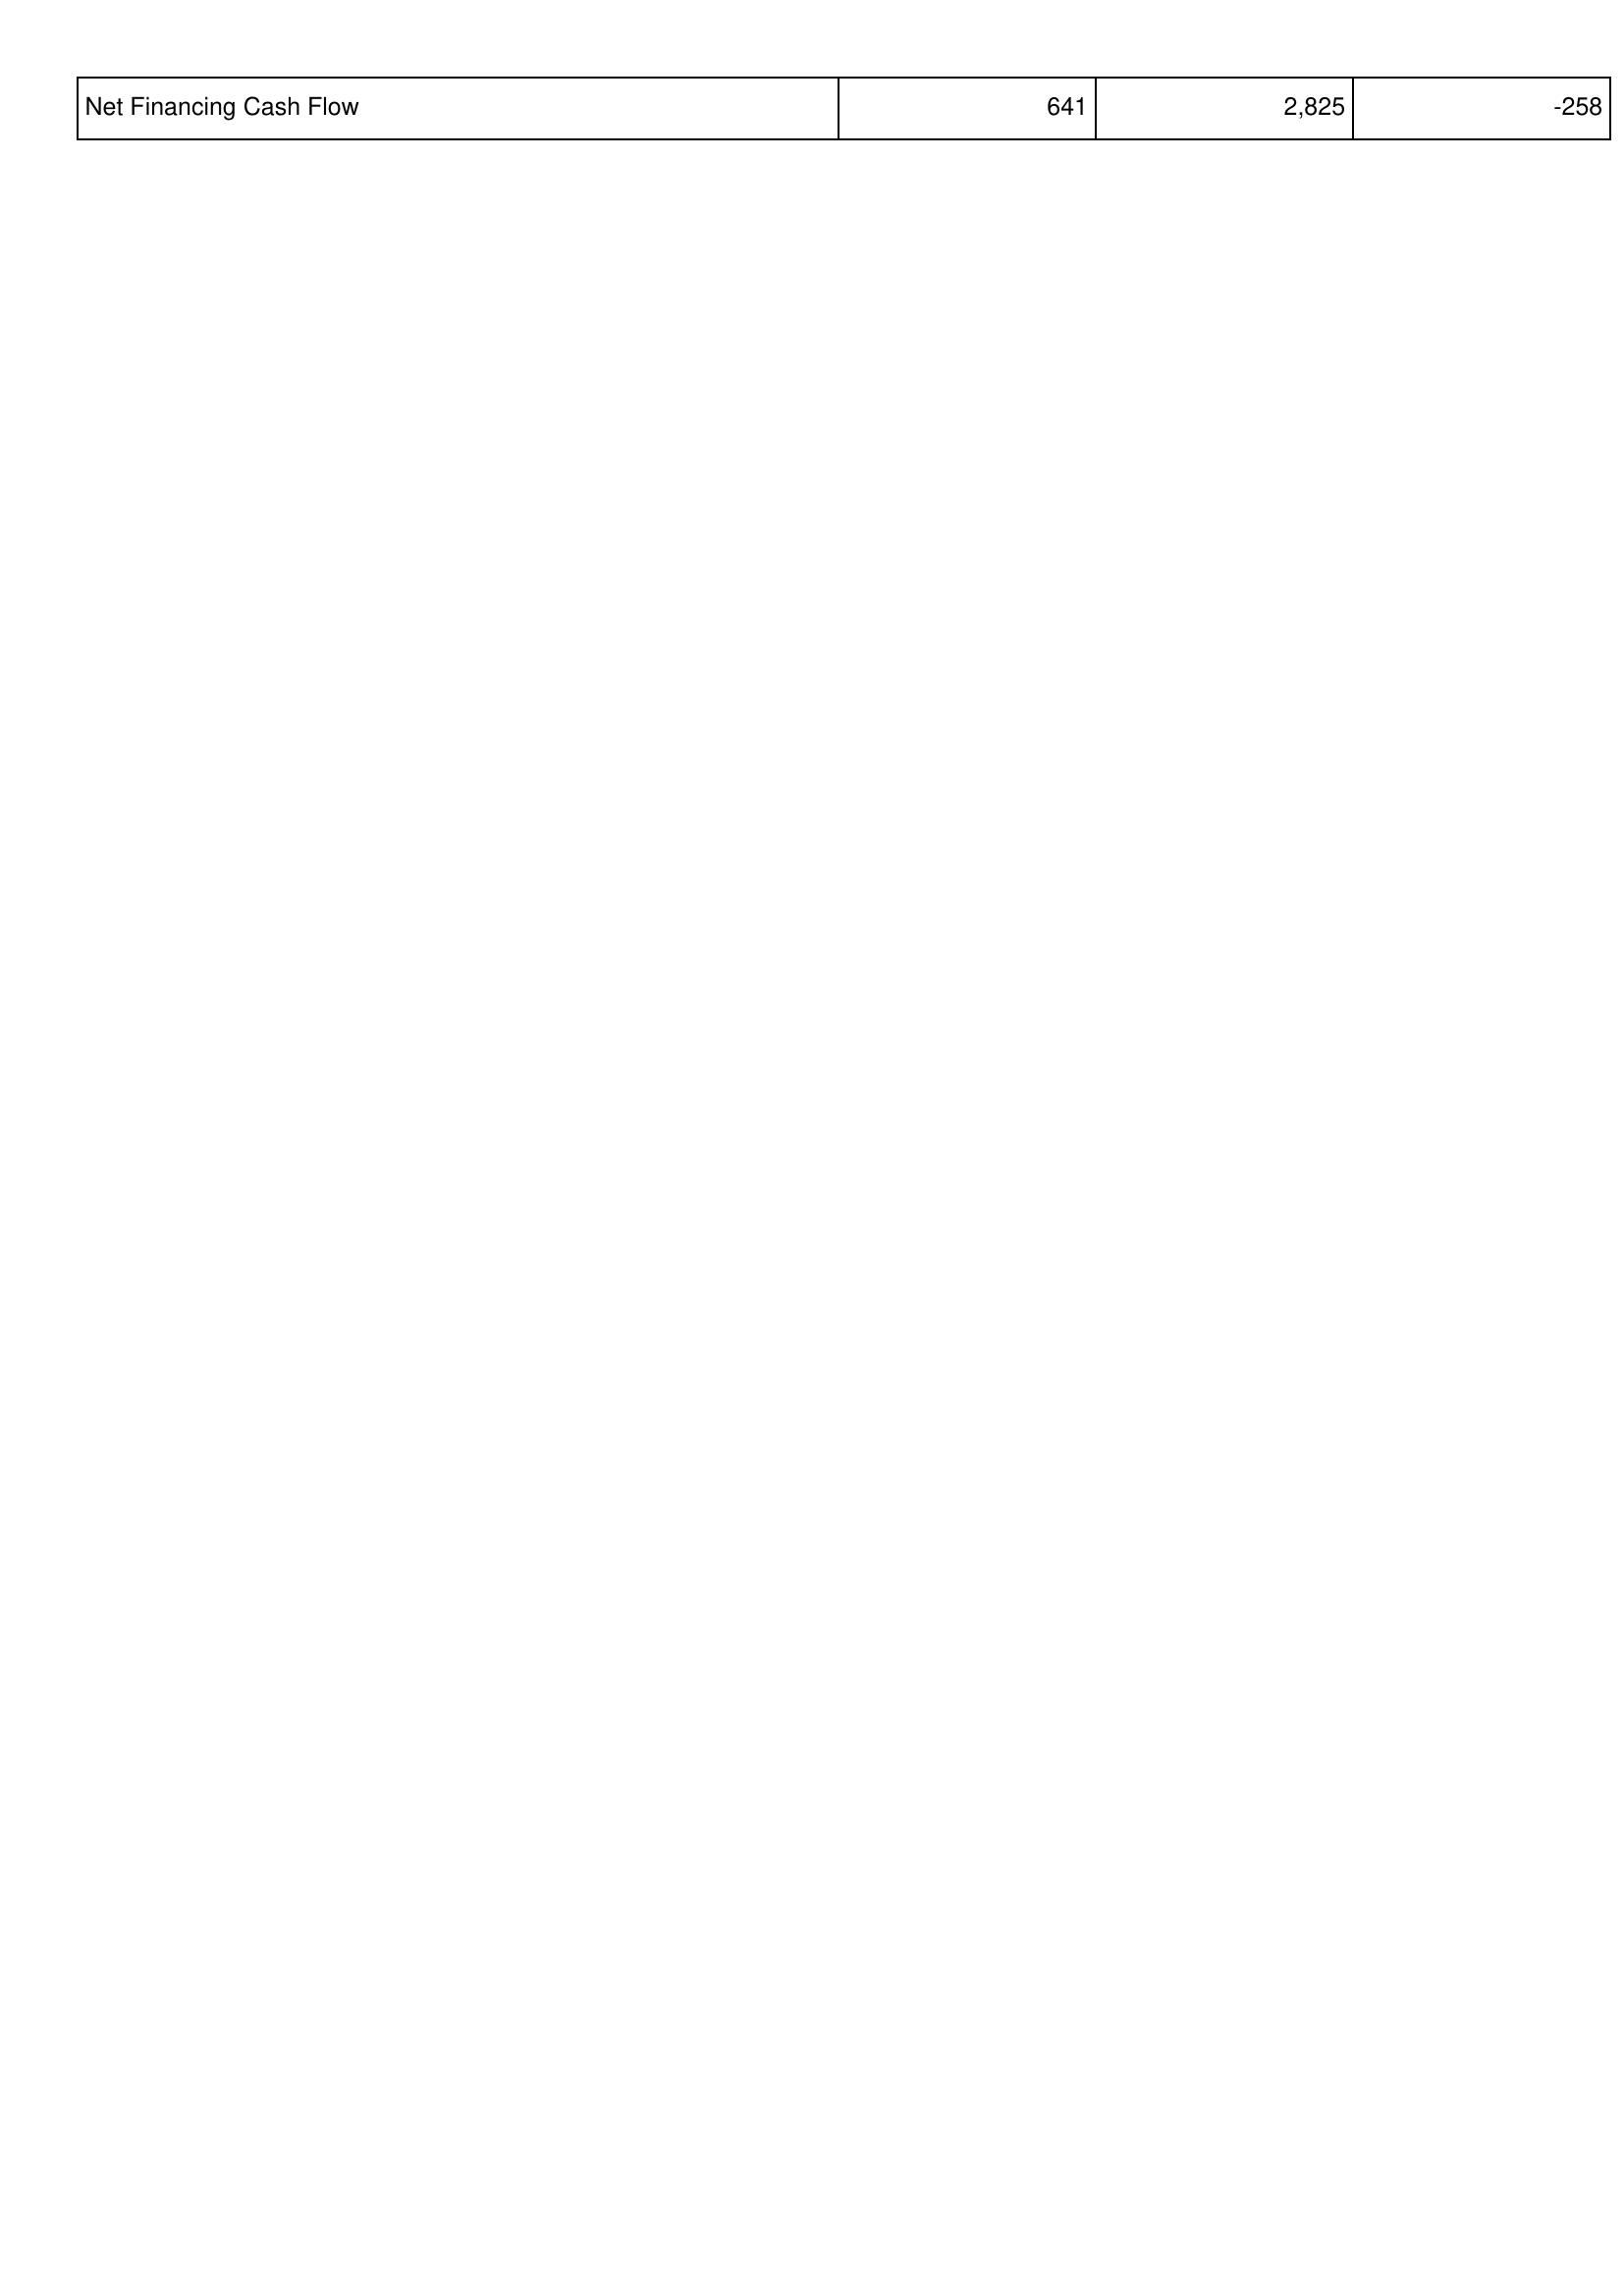
2008: Financing Activities: Net Financing Cash Flow: 641
2009: Financing Activities: Net Financing Cash Flow: 2,825
2010: Financing Activities: Net Financing Cash Flow: -258